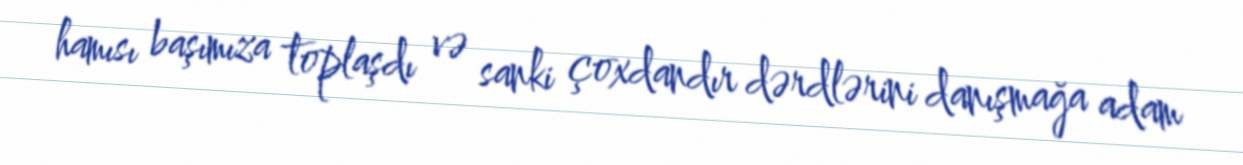
hamısı başımıza toplaşdı və sanki çoxdandır dərdlərini danışmağa adam